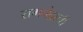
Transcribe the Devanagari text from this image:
रामचंद्राची